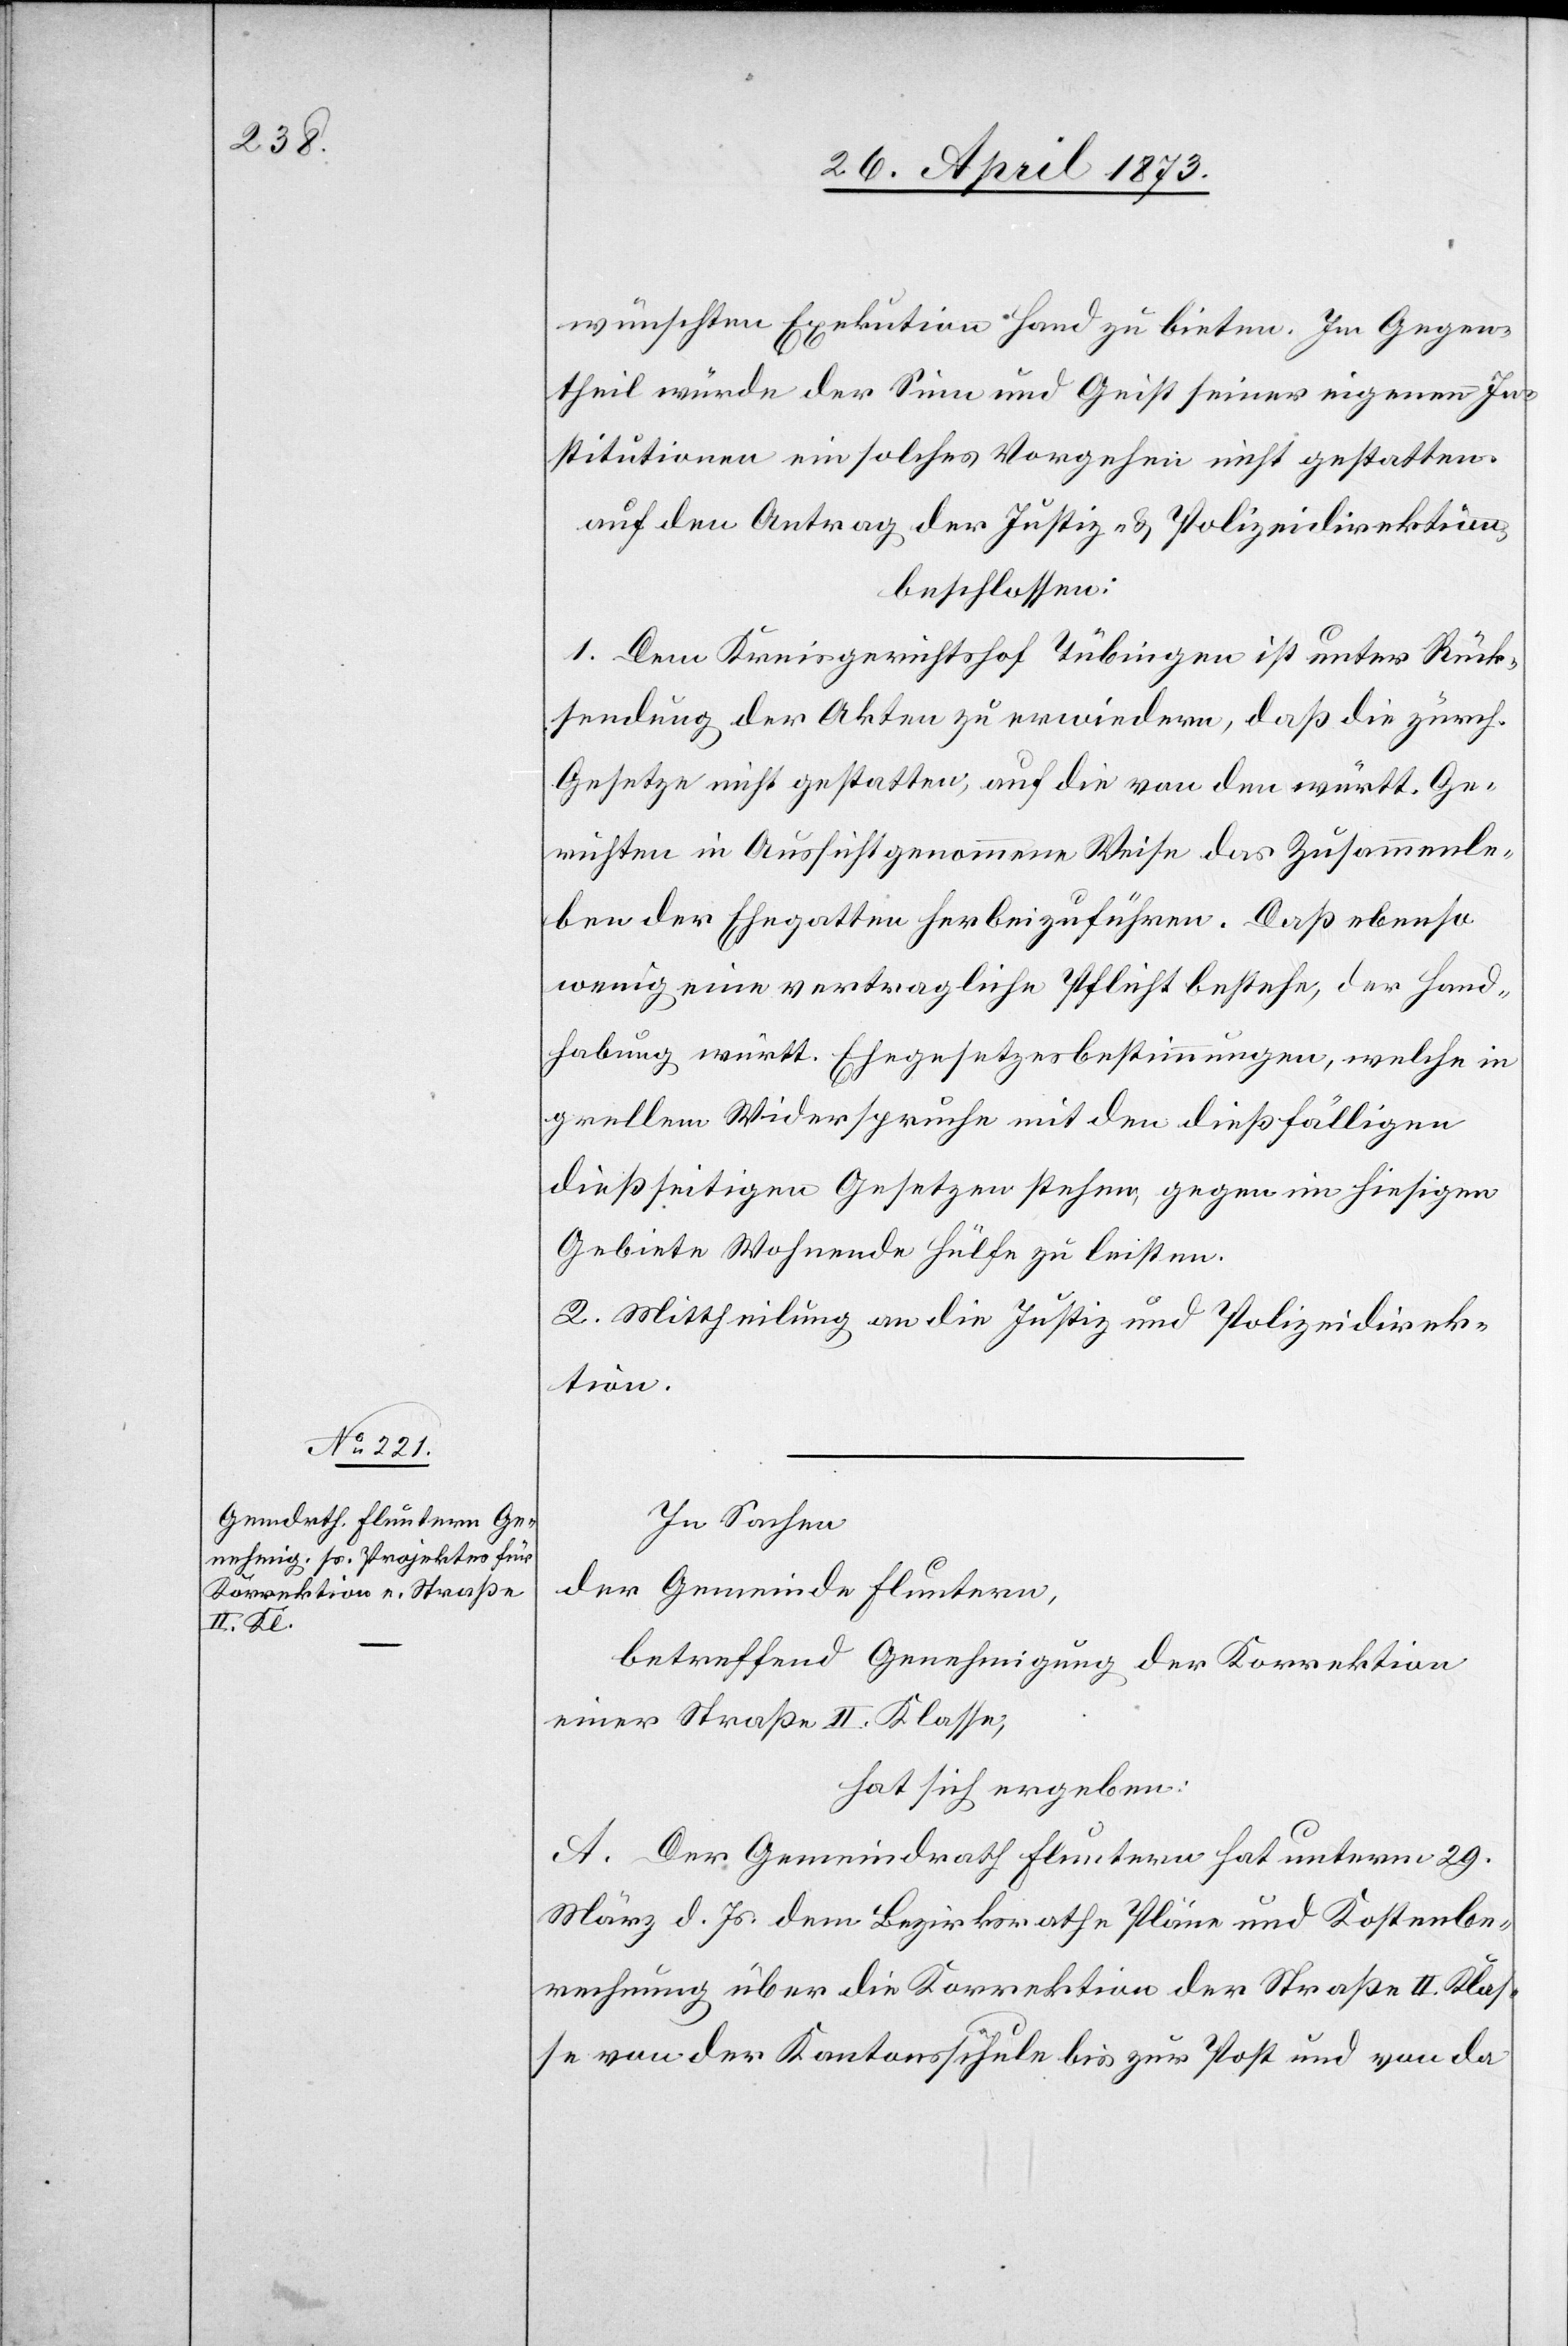
wünschten Exekution Hand zu bieten. Im Gegen¬
theil würde der Sinn und Geist seiner eigenen In¬
stitutionen ein solches Vorgehen nicht gestatten.
beschlossen:
1. Dem Kreisgerichtshof Tübingen ist unter Rück¬
sendung der Akten zu erwiedern, daß die zürch.
Gesetze nicht gestatten, auf die von den württ. Ge¬
richten in Aussicht genommene Weise das Zusammenle¬
ben der Ehegatten herbeizuführen. Daß ebenso
wenig eine vertragliche Pflicht bestehe, der Hand¬
habung württ. Ehegesetzesbestimmungen, welche in
grellem Widerspruche mit den dießfälligen
dießseitigen Gesetzen stehen, gegen im hiesigen
Gebiete Wohnende Hülfe zu leisten.
2. Mittheilung an die Justiz und Polizeidirek¬
tion.
In Sachen
der Gemeinde Fluntern,
betreffend Genehmigung der Korrektion
einer Straße II. Klasse,
hat sich ergeben:
A. Der Gemeindrath Fluntern hat unterm 29.
März d. Js. dem Bezirksrathe Pläne und Kostenbe¬
rechnung über die Korrektion der Strasse II. Klas¬
se von der Kantonsschule bis zur Post und von da